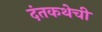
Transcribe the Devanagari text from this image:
दंतकथेची